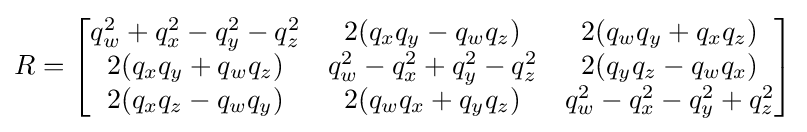
R={\begin{bmatrix}q_{w}^{2}+q_{x}^{2}-q_{y}^{2}-q_{z}^{2}&2(q_{x}q_{y}-q_{w}q_{z})&2(q_{w}q_{y}+q_{x}q_{z})\\2(q_{x}q_{y}+q_{w}q_{z})&q_{w}^{2}-q_{x}^{2}+q_{y}^{2}-q_{z}^{2}&2(q_{y}q_{z}-q_{w}q_{x})\\2(q_{x}q_{z}-q_{w}q_{y})&2(q_{w}q_{x}+q_{y}q_{z})&q_{w}^{2}-q_{x}^{2}-q_{y}^{2}+q_{z}^{2}\end{bmatrix}}